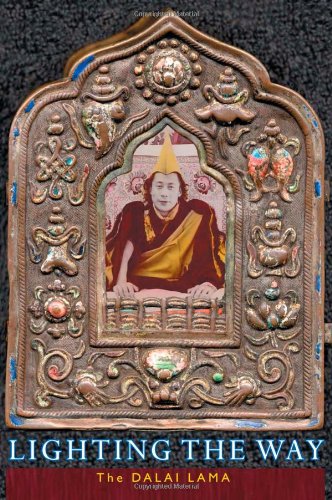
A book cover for Lighting The Way; Dalai Lama; Religion & Spirituality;